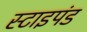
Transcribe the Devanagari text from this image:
स्टाइपंड